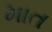
માત